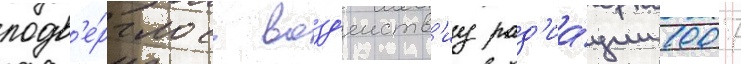
подв'е́рглось возд'еиств'иу рад'иа́ции 1007